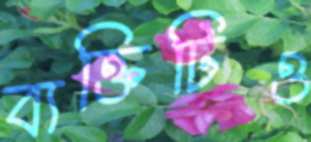
ব্যক্তিটিও